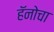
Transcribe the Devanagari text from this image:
हॅनोचा